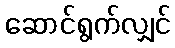
ဆောင်ရွက်လျှင်